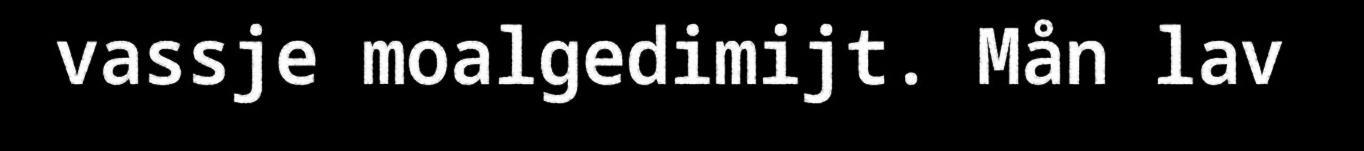
vassje moalgedimijt. Mån lav